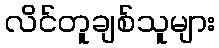
လိင်တူချစ်သူများ